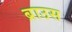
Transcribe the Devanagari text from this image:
ब्राउस